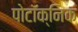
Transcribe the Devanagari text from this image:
पोटॉक्निक